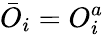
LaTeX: \bar{O}_{i}=O_{i}^{a}